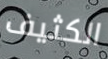
الكثيف